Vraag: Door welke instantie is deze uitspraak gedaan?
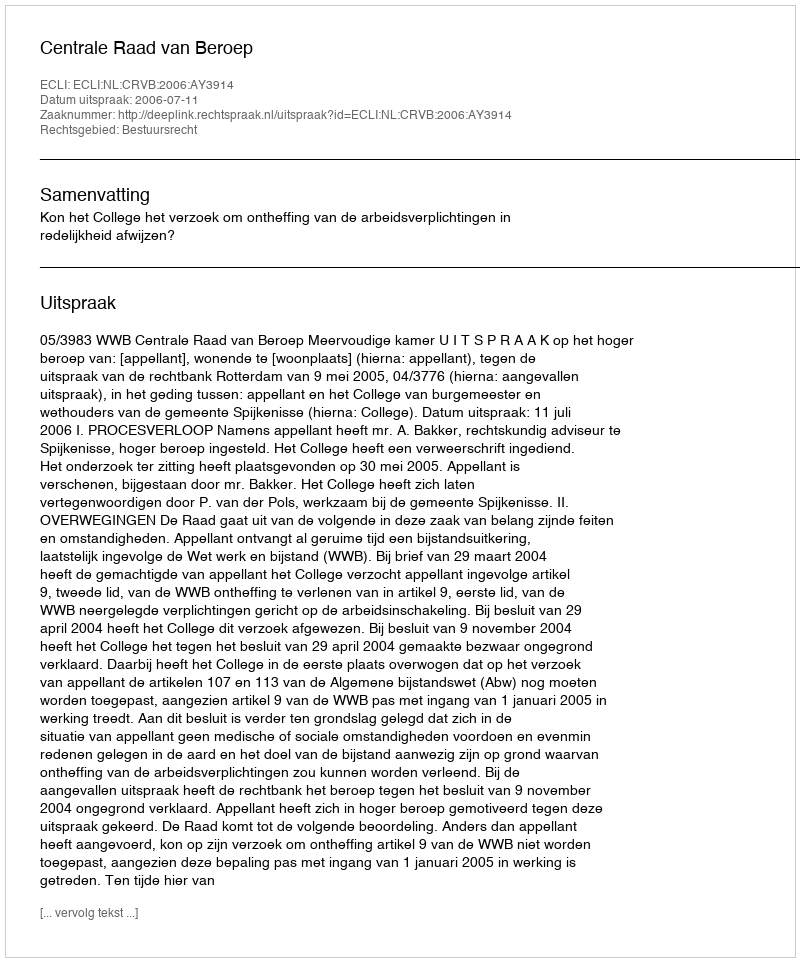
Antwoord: Centrale Raad van Beroep